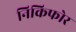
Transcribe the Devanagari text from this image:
निकिफोर